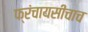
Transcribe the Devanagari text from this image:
फ्रंचायसीचाच